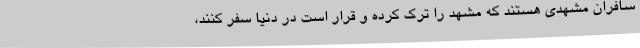
سافران مشهدی هستند که مشهد را ترک کرده و قرار است در دنیا سفر کنند،